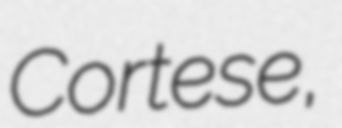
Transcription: Cortese,